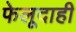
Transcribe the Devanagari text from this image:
फेलूदाही